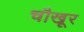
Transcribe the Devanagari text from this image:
चौखूर